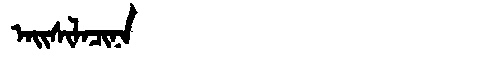
Manchu: ᠠᡳᠰᡳᠯᠠᠴᡳᠨᠠ
Romanization: AISILACINA